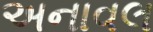
અનાવલ